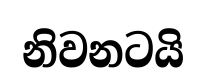
නිවනටයි